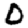
Digit: 0